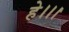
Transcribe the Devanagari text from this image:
हे।।।